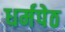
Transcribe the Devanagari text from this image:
धर्मपेठ